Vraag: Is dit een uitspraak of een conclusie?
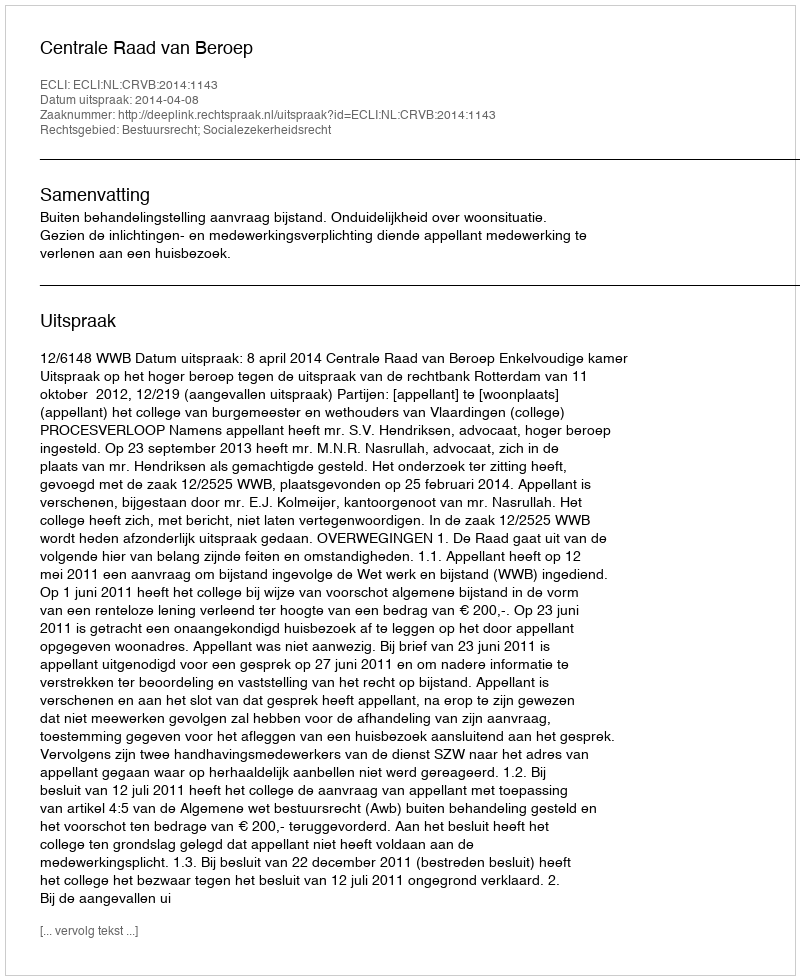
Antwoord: Uitspraak